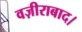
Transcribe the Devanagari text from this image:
वज़ीराबाद।